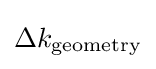
\Delta k_{\mathrm {geometry} }